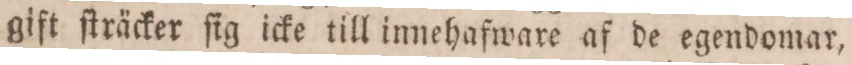
gift ſträcker ſig icke till innehafware af de egendomar,